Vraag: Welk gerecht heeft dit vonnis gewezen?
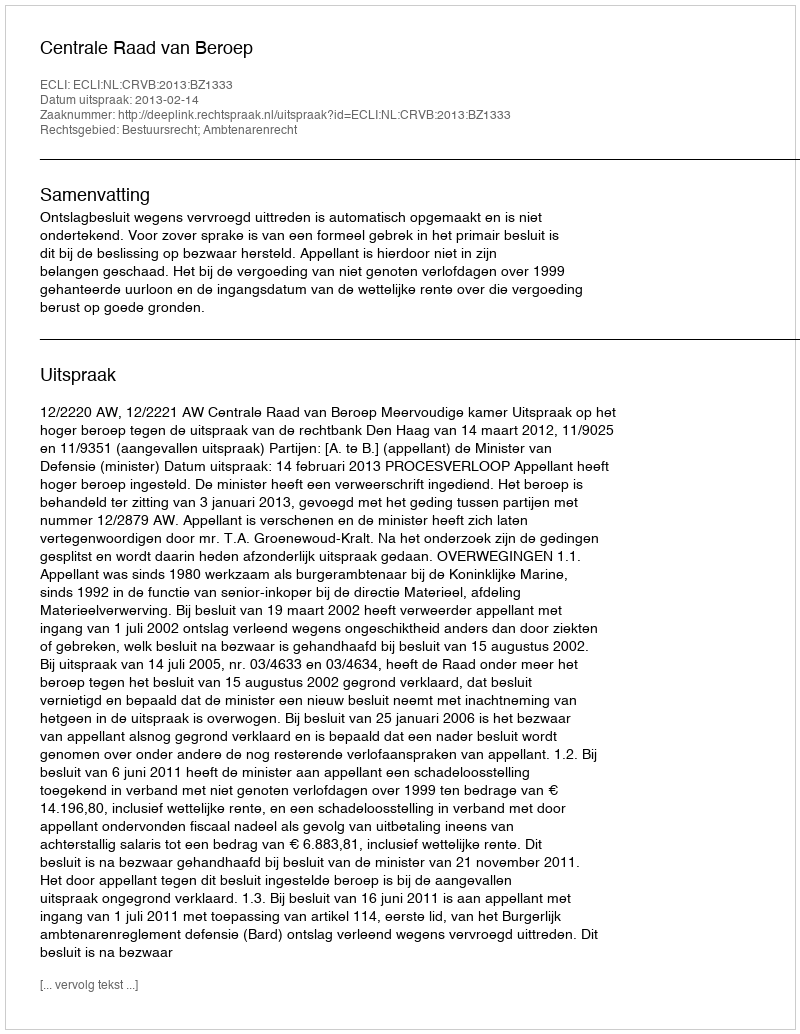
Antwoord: Centrale Raad van Beroep